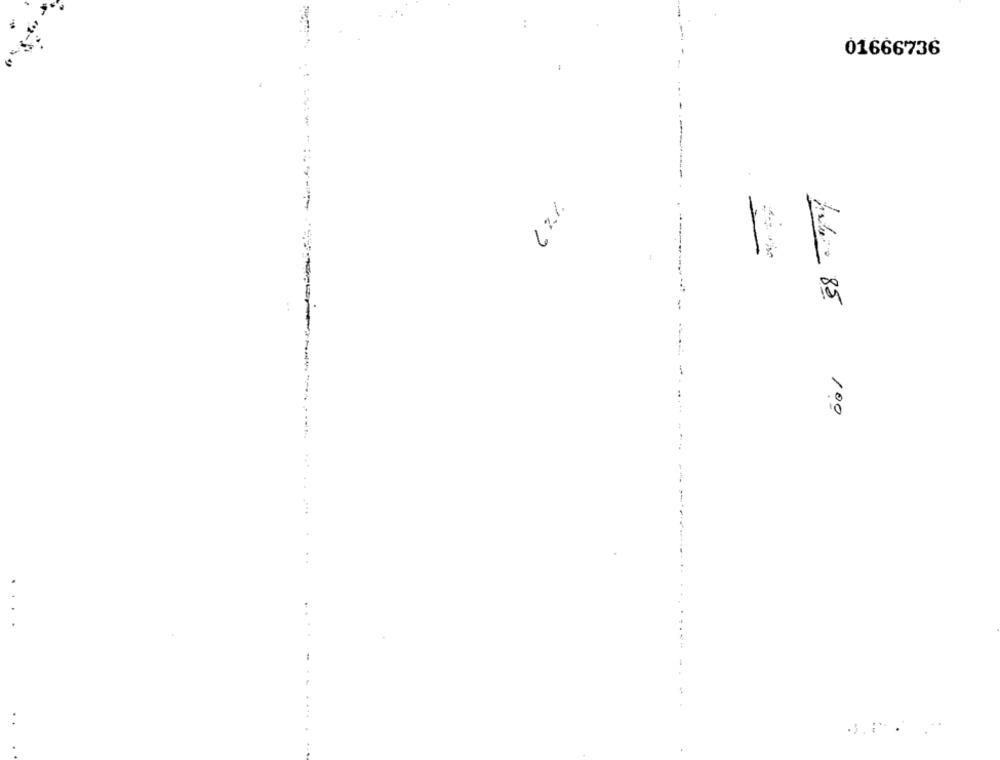
01666736
7%)
habe 85
100
-
.....